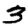
Digit: 3